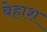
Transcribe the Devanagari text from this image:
बेहाश